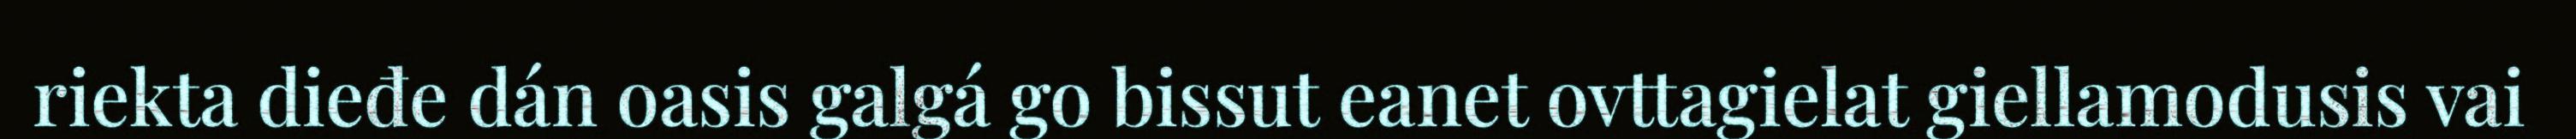
riekta dieđe dán oasis galgá go bissut eanet ovttagielat giellamodusis vai